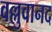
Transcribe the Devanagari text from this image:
वल्लुवानद